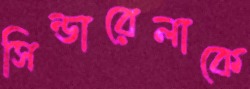
সিন্ডারেলাকে